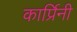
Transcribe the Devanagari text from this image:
कार्प्रिनी